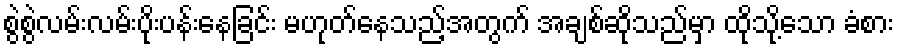
စွဲစွဲလမ်းလမ်းပိုးပန်းနေခြင်း မဟုတ်နေသည့်အတွက် အချစ်ဆိုသည်မှာ ထိုသို့သော ခံစား